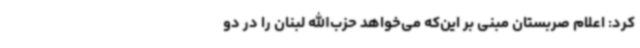
کرد: اعلام صربستان مبنی بر این‌که می‌خواهد حزب‌الله لبنان را در دو